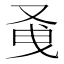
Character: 𭆭